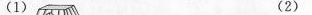
(1) (2)